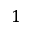
1